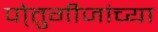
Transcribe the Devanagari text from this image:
पो्तुगीजांच्या